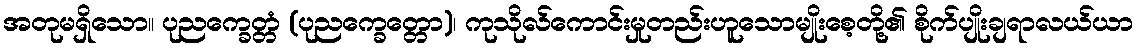
အတုမရှိသော။ ပုညက္ခေတ္တံ (ပုညက္ခေတ္တော)၊ ကုသိုလ်ကောင်းမှုတည်းဟူသောမျိုးစေ့တို့၏ စိုက်ပျိုးချရာလယ်ယာ